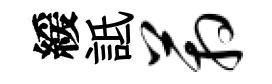
緩詆箱